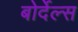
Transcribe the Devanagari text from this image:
बोर्देल्स